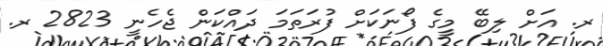
ރ. އަށް ލިބޭ މީގެ ފޯނަކަށް ފުރަތަމަ ދައްކަން ޖެހެނީ 2823 ރ.